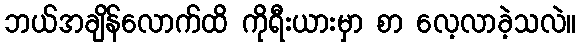
ဘယ်အချိန်လောက်ထိ ကိုရီးယားမှာ စာ လေ့လာခဲ့သလဲ။